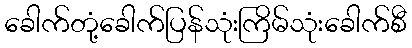
ခေါက်တုံ့ခေါက်ပြန်သုံးကြိမ်သုံးခေါက်စီ